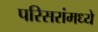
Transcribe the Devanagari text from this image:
परिसरांमध्ये